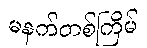
မနက်တစ်ကြိမ်